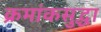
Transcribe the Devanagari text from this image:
क्रमांकसुद्धा